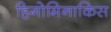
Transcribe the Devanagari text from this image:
हिगोमिनाकिस